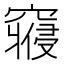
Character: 𱷘